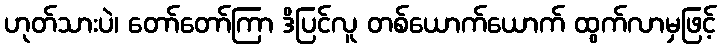
ဟုတ်သားပဲ၊ တော်တော်ကြာ ဒိပြင်လူ တစ်ယောက်ယောက် ထွက်လာမှဖြင့်